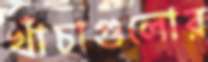
খাঁচাগুলোর